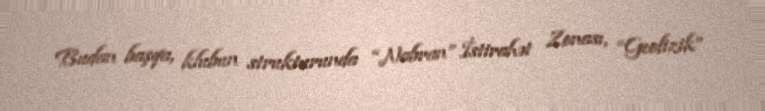
Budan başqa, klubun strukturunda “Nabran” İstirahət Zonası, “Geofizik”